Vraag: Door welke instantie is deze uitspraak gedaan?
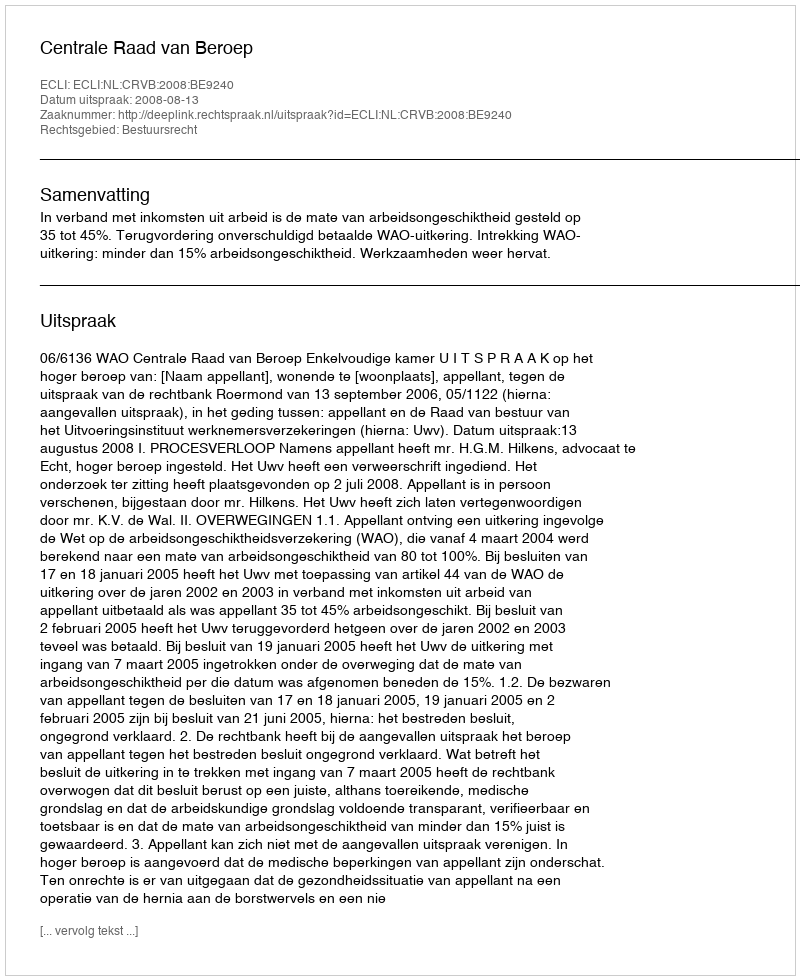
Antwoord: Centrale Raad van Beroep